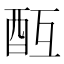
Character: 𨠂